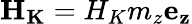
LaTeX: {\mathbf{{H}}}_{\mathbf{{K}}}=H_{K}m_{z}{\mathbf{{e}}}_{\mathbf{{z}}}